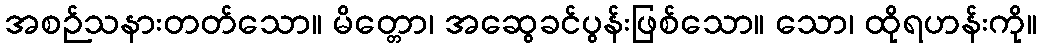
အစဉ်သနားတတ်သော။ မိတ္တော၊ အဆွေခင်ပွန်းဖြစ်သော။ သော၊ ထိုရဟန်းကို။